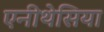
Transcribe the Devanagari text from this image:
एनीथेसिया